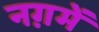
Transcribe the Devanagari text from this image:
नग़में